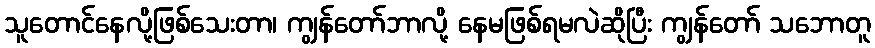
သူတောင်နေလို့ဖြစ်သေးတာ၊ ကျွန်တော်ဘာလို့ နေမဖြစ်ရမလဲဆိုပြီး ကျွန်တော် သဘောတူ